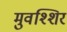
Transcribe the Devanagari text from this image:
मुवश्शिर